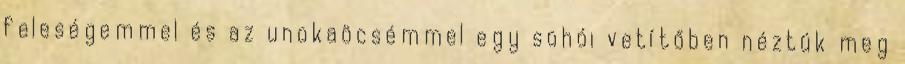
feleségemmel és az unokaöcsémmel egy sohói vetítőben néztük meg